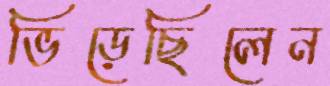
ভিড়েছিলেন